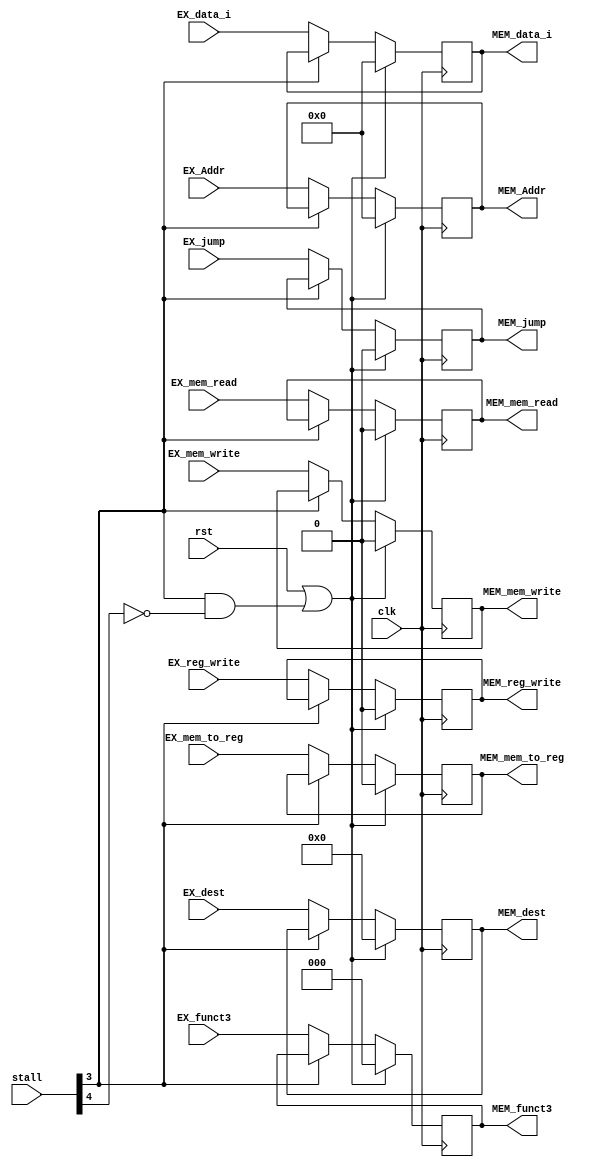
module reg_EX_MEM#(parameter XLEN = 32,
                   parameter WORDLENGTH = 8)
                  (input wire clk,
                   rst,
                   input wire [5:0] stall,
                   input wire [4:0] EX_dest,
                   input wire [XLEN-1:0] EX_Addr,
                   input wire [XLEN-1:0] EX_data_i,
                   input wire [2:0] EX_funct3,
                   input wire EX_mem_read,
                   EX_mem_write,
                   EX_mem_to_reg,
                   EX_jump,
                   EX_reg_write,
                   output reg [4:0] MEM_dest,
                   output reg [XLEN-1:0] MEM_Addr,
                   output reg [XLEN-1:0] MEM_data_i,
                   output reg [2:0] MEM_funct3,
                   output reg MEM_mem_read,
                   MEM_mem_to_reg,
                   MEM_jump,
                   MEM_mem_write,
                   MEM_reg_write);
    always @ (posedge clk) begin
        if (rst || (stall[3] && !stall[4])) begin
            MEM_Addr       <= 0;
            MEM_data_i     <= 0;
            MEM_funct3     <= 0;
            MEM_mem_read   <= 0;
            MEM_mem_write  <= 0;
            MEM_dest       <= 0;
            MEM_mem_to_reg <= 0;
            MEM_jump       <= 0;
            MEM_reg_write  <= 0;
            end else if (!stall[3]) begin
            MEM_Addr       <= EX_Addr;
            MEM_data_i     <= EX_data_i;
            MEM_funct3     <= EX_funct3;
            MEM_mem_read   <= EX_mem_read;
            MEM_mem_write  <= EX_mem_write;
            MEM_dest       <= EX_dest;
            MEM_mem_to_reg <= EX_mem_to_reg;
            MEM_jump       <= EX_jump;
            MEM_reg_write  <= EX_reg_write;
        end
    end
endmodule